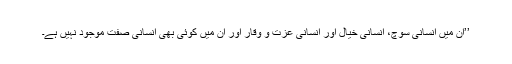
’’ان میں انسانی سوچ، انسانی خیال اور انسانی عزت و وقار اور ان میں کوئی بھی انسانی صفت موجود نہیں ہے۔